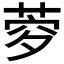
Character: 𦲎